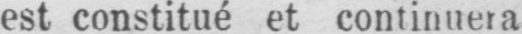
est constitué et continuera